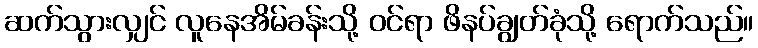
ဆက်သွားလျှင် လူနေအိမ်ခန်းသို့ ဝင်ရာ ဖိနပ်ချွတ်ခုံသို့ ရောက်သည်။